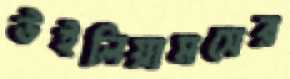
উইলিয়ামসের